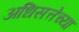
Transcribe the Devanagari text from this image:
अधिसत्तेच्या